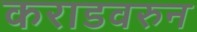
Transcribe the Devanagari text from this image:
कराडवरुन